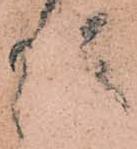
後